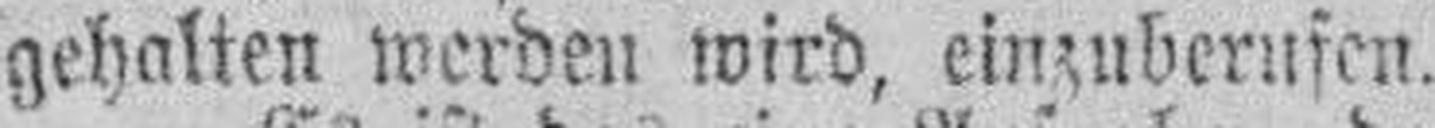
gehalten werden wird, einzuberufen.